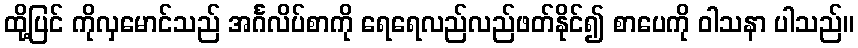
ထို့ပြင် ကိုလှမောင်သည် အင်္ဂလိပ်စာကို ရေရေလည်လည်ဖတ်နိုင်၍ စာပေကို ဝါသနာ ပါသည်။